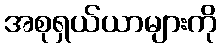
အစုရှယ်ယာများကို